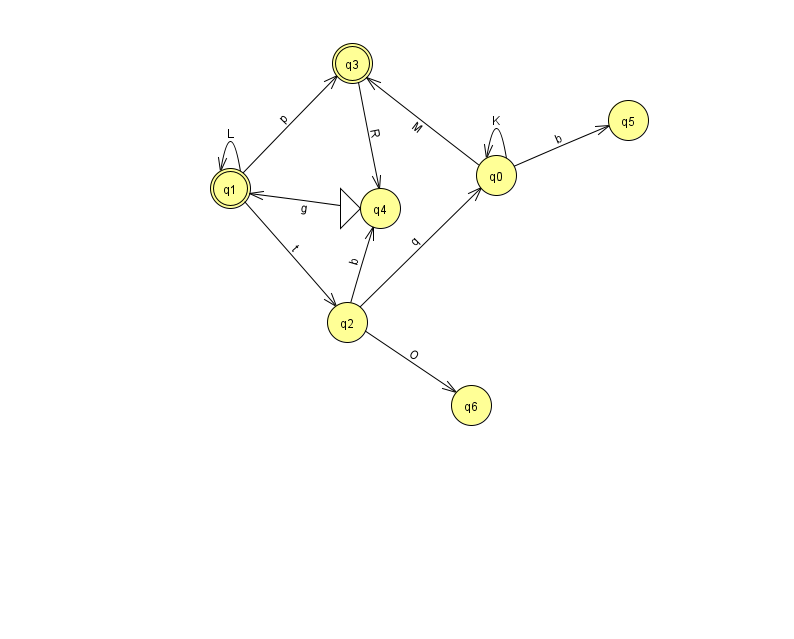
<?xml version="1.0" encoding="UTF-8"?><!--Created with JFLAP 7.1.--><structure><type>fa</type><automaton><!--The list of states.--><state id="0" name="q0"><x>496.0</x><y>162.0</y></state><state id="1" name="q1"><x>230.0</x><y>175.0</y><final/></state><state id="2" name="q2"><x>347.0</x><y>309.0</y></state><state id="3" name="q3"><x>352.0</x><y>50.0</y><final/></state><state id="4" name="q4"><x>380.0</x><y>195.0</y><initial/></state><state id="5" name="q5"><x>628.0</x><y>107.0</y></state><state id="6" name="q6"><x>471.0</x><y>392.0</y></state><!--The list of transitions.--><transition><from>0</from><to>3</to><read>M</read></transition><transition><from>3</from><to>4</to><read>R</read></transition><transition><from>2</from><to>6</to><read>O</read></transition><transition><from>2</from><to>4</to><read>b</read></transition><transition><from>0</from><to>5</to><read>b</read></transition><transition><from>4</from><to>1</to><read>g</read></transition><transition><from>0</from><to>0</to><read>K</read></transition><transition><from>2</from><to>0</to><read>q</read></transition><transition><from>1</from><to>1</to><read>L</read></transition><transition><from>1</from><to>3</to><read>p</read></transition><transition><from>1</from><to>2</to><read>t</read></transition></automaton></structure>